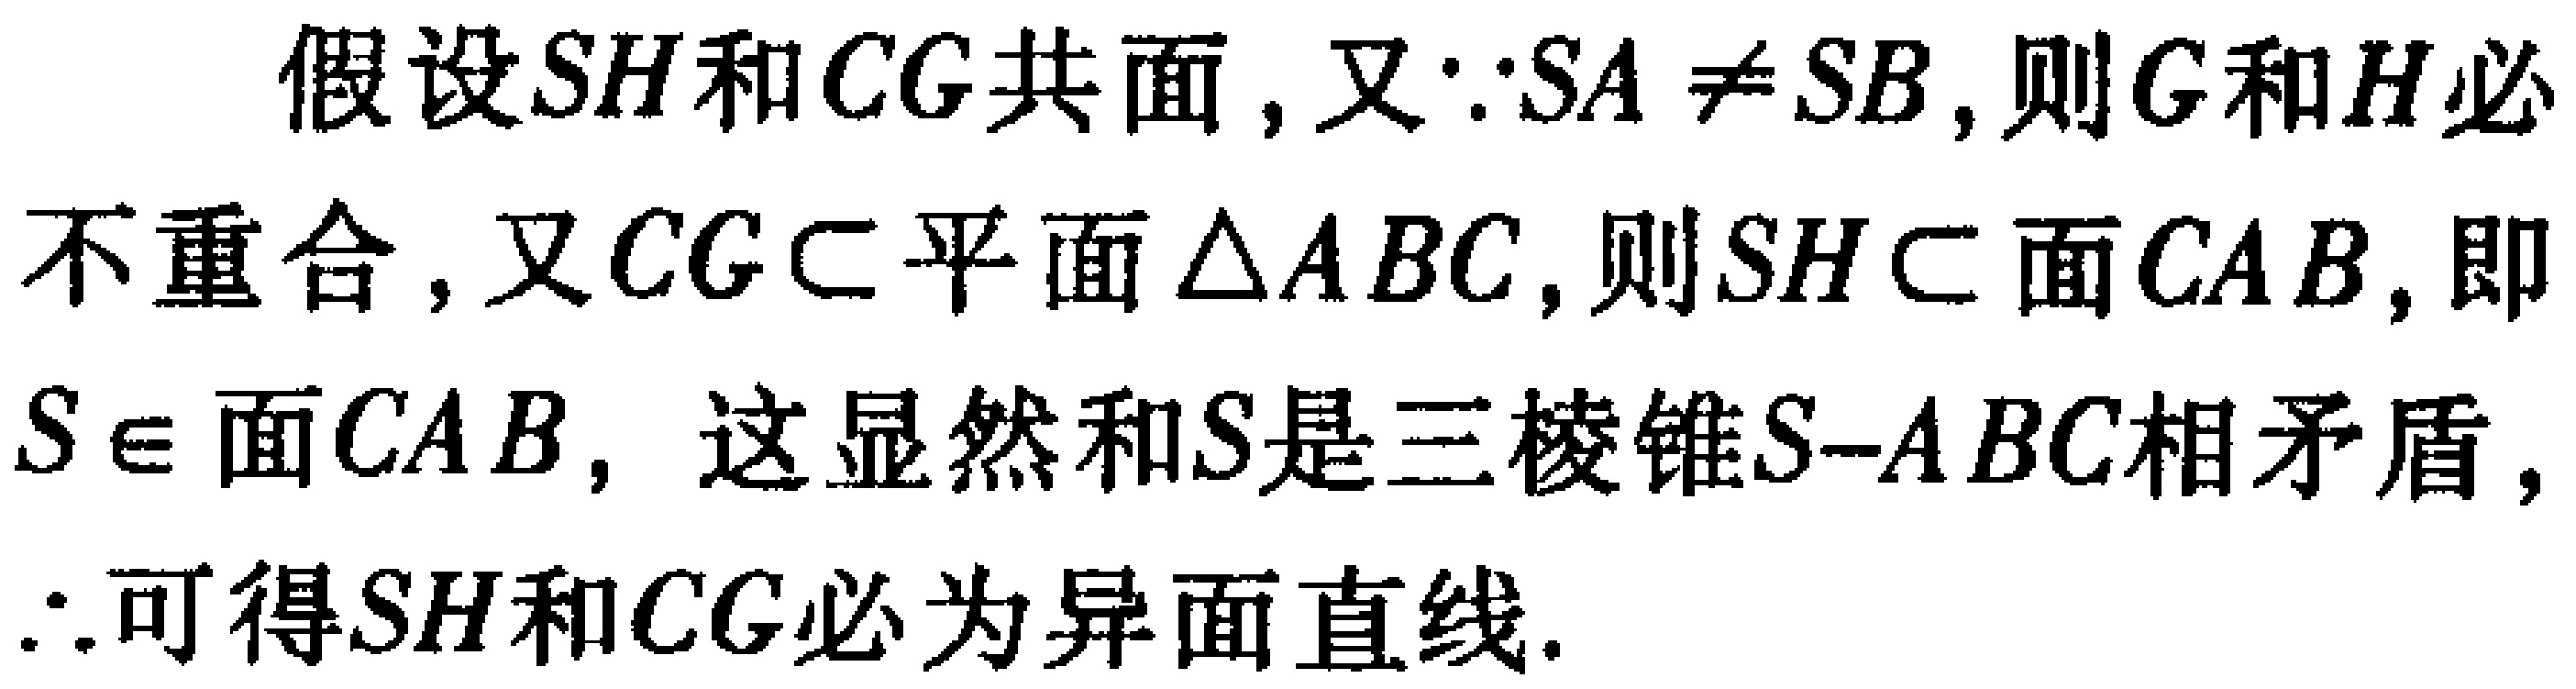
假设\(SH\)和\(CG\)共面，又\(\because SA\neq SB\)，则\(G\)和\(H\)必不重合，又\(CG\subset\)平面\(\triangle ABC\)，则\(SH\subset\)面\(CAB\)，即\(S\in\)面\(CAB\)，这显然和\(S\)是三棱锥\(S - ABC\)相矛盾，\(\therefore\)可得\(SH\)和\(CG\)必为异面直线.